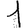
Digit: 1